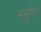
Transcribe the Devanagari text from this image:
समूचित